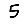
Digit: 5